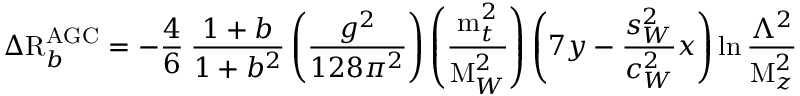
\Delta \mathrm { R } _ { b } ^ { \mathrm { A G C } } = - \frac { 4 } { 6 } \: \frac { 1 + b } { 1 + b ^ { 2 } } \left( \frac { g ^ { 2 } } { 1 2 8 \pi ^ { 2 } } \right) \left( \frac { \mathrm { m } _ { t } ^ { 2 } } { \mathrm { M } _ { W } ^ { 2 } } \right) \left( 7 y - \frac { s _ { W } ^ { 2 } } { c _ { W } ^ { 2 } } x \right) \ln \frac { \Lambda ^ { 2 } } { \mathrm { M } _ { z } ^ { 2 } }